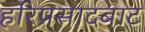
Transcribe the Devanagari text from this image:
हरिप्रसादबाट